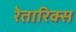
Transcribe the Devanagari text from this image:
रेतारिक्स